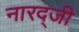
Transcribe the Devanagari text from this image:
नारद्जी